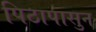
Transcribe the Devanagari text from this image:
पिठापासुन